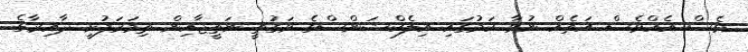
ވެސް އެއްވެސް އަތެއް ނުވާ ކަމުގައި އިލެކްޝަންސްގެ ވަގުތީ ނަތީޖާއިން ތިމަރަފުށީ ދާއިރާގެ